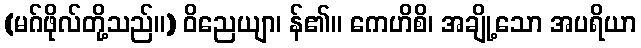
(မဂ်ဖိုလ်တို့သည်။) ဝိညေယျာ၊ န်၏။ ကေဟိစိ၊ အချို့သော အပရိယာ